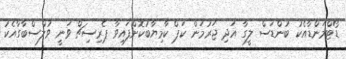
ޑޯޓްމަންޑާއެކު ބުންޑަސް ލީގާ އަދި ޖަރުމަން ކަޕް ކާމިޔާބުކޮށްފައިވާ ޕެރިސިޗް ވަނީ ވުލްސްބާގާއެކު